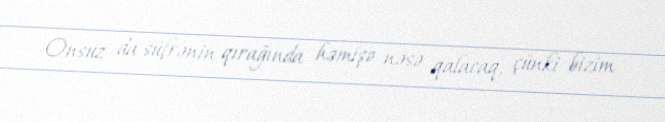
Onsuz da süfrənin qırağında həmişə nəsə qalacaq, çünki bizim